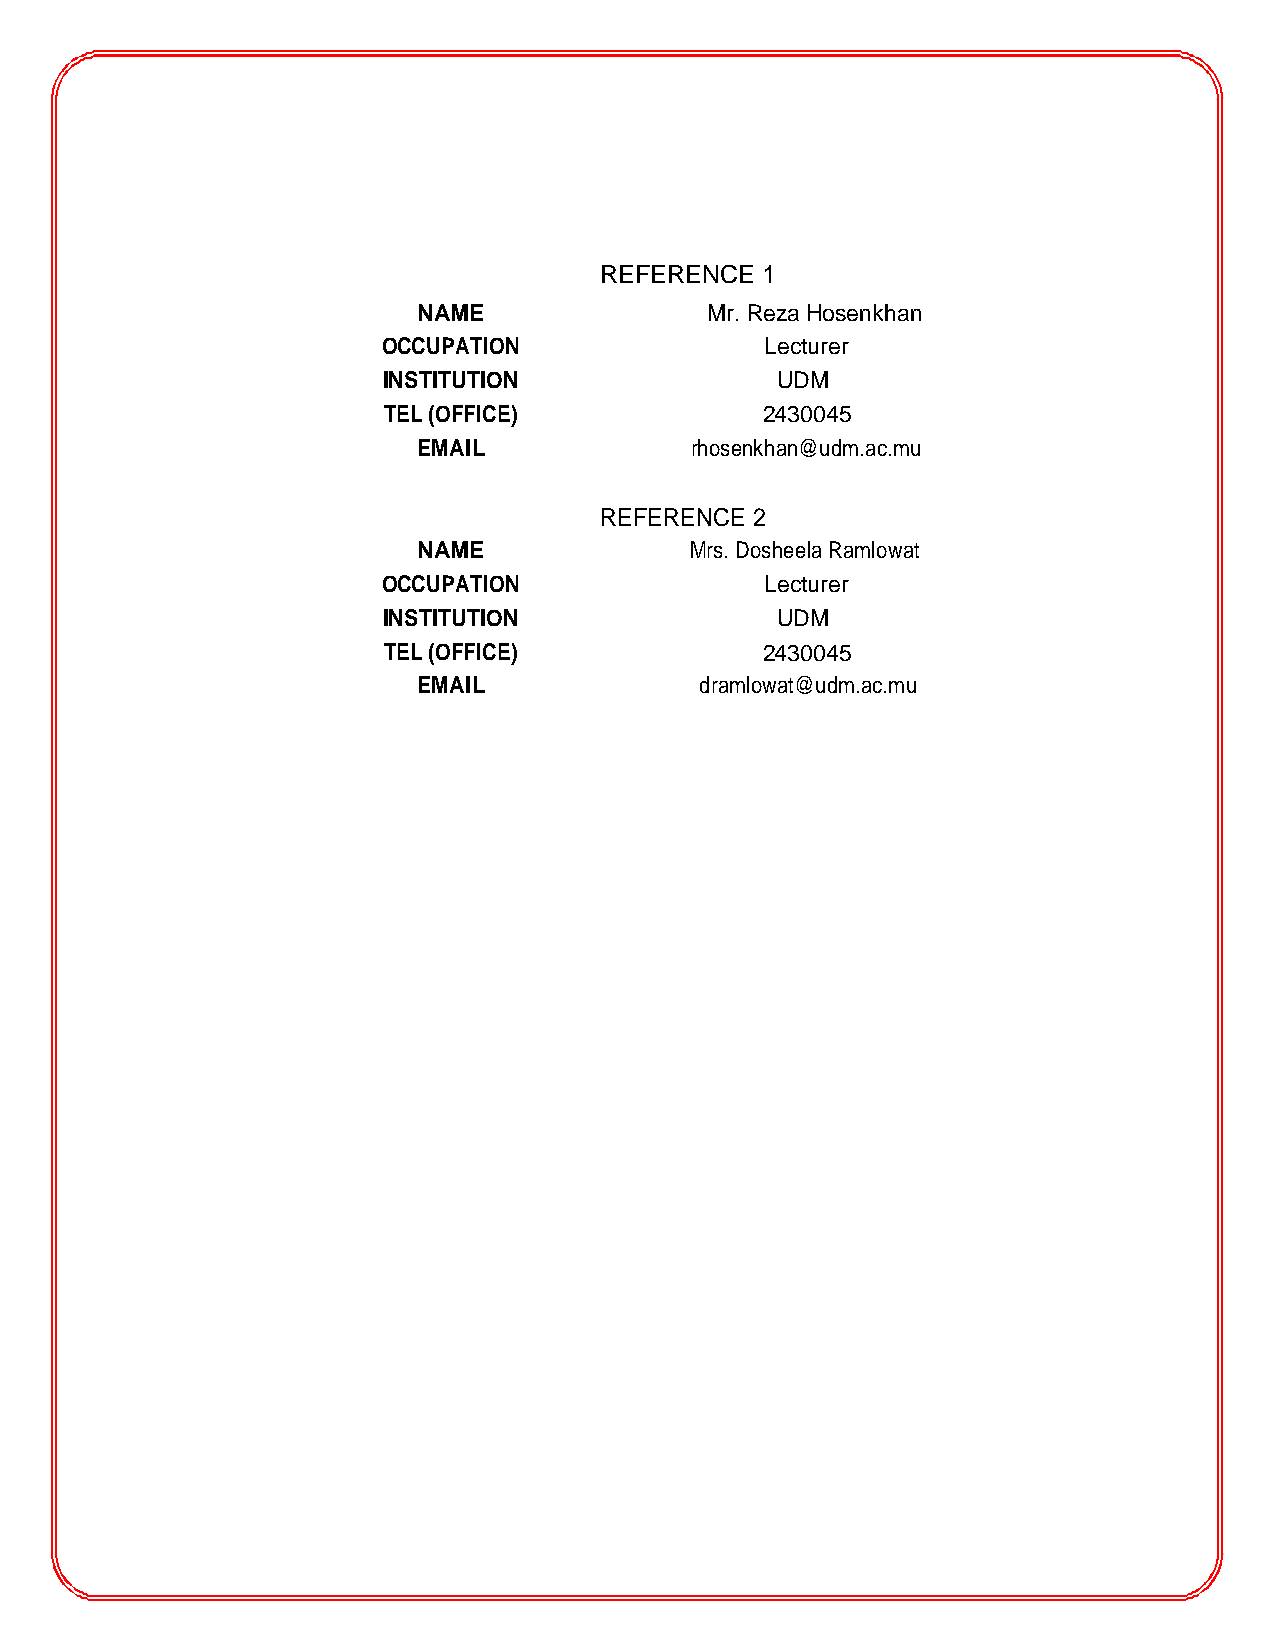
REFERENCE 1
 NAME               Mr. Reza Hosenkhan
 OCCUPATION                Lecturer
 INSTITUTION               UDM
 TEL (OFFICE)             2430045
 EMAIL             rhosenkhan@udm.ac.mu
 REFERENCE 2
 NAME              Mrs. Dosheela Ramlowat
 OCCUPATION                Lecturer
 INSTITUTION               UDM
 TEL (OFFICE)             2430045
 EMAIL             dramlowat@udm.ac.mu